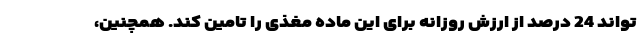
تواند 24 درصد از ارزش روزانه برای این ماده مغذی را تامین کند. همچنین،